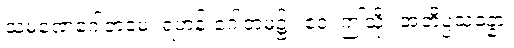
သမဏေဂေါတမေ၊ ရဟန်းဂေါတမ၌။ ဧဝံ၊ ဤသို့။ အဘိပ္ပသန္နော၊